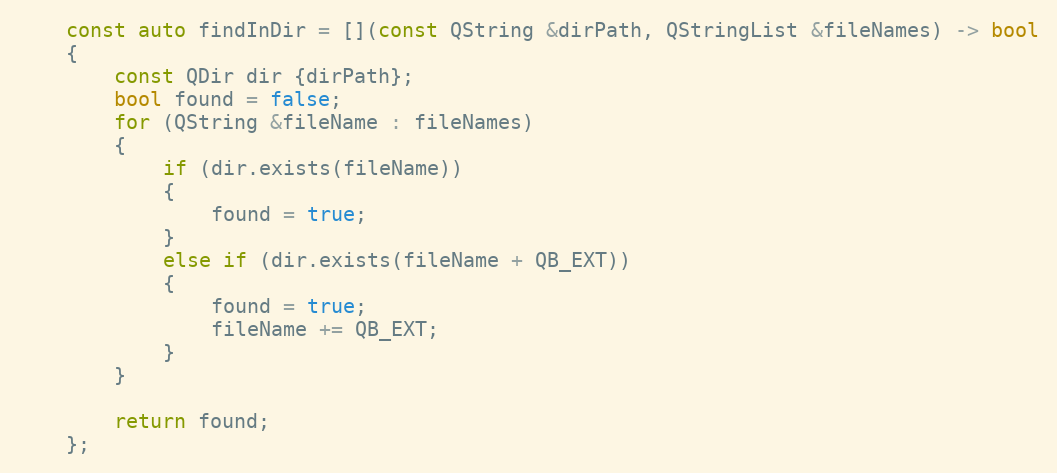
Language: C++
    const auto findInDir = [](const QString &dirPath, QStringList &fileNames) -> bool
    {
        const QDir dir {dirPath};
        bool found = false;
        for (QString &fileName : fileNames)
        {
            if (dir.exists(fileName))
            {
                found = true;
            }
            else if (dir.exists(fileName + QB_EXT))
            {
                found = true;
                fileName += QB_EXT;
            }
        }

        return found;
    };